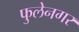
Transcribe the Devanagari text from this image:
फुलेनगर